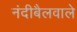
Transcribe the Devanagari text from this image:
नंदीबैलवाले